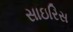
સાઇરિસ